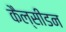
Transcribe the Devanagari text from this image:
कैल्सीडन